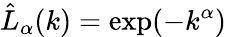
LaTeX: \hat{L}_{\alpha}(k)=\exp(-k^{\alpha})